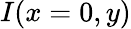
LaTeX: I(x=0,y)